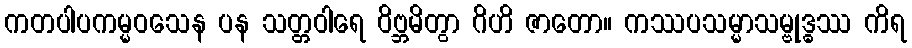
ကတပါပကမ္မဝသေန ပန သတ္တဝါရေ ဝိဗ္ဘမိတွာ ဂိဟိ ဇာတော။ ကဿပသမ္မာသမ္ဗုဒ္ဓဿ ကိရ